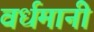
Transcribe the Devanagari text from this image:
वर्धमानी